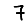
Digit: 7